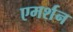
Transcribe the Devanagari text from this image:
एमर्शन